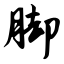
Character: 脚